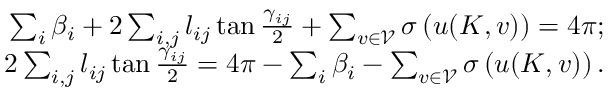
\begin{array} { r } { \sum _ { i } \beta _ { i } + 2 \sum _ { i , j } l _ { i j } \tan { \frac { \gamma _ { i j } } 2 } + \sum _ { v \in \mathcal { V } } \sigma \left( u ( K , v ) \right) = 4 \pi ; } \\ { 2 \sum _ { i , j } l _ { i j } \tan { \frac { \gamma _ { i j } } 2 } = 4 \pi - \sum _ { i } \beta _ { i } - \sum _ { v \in \mathcal { V } } \sigma \left( u ( K , v ) \right) . } \end{array}